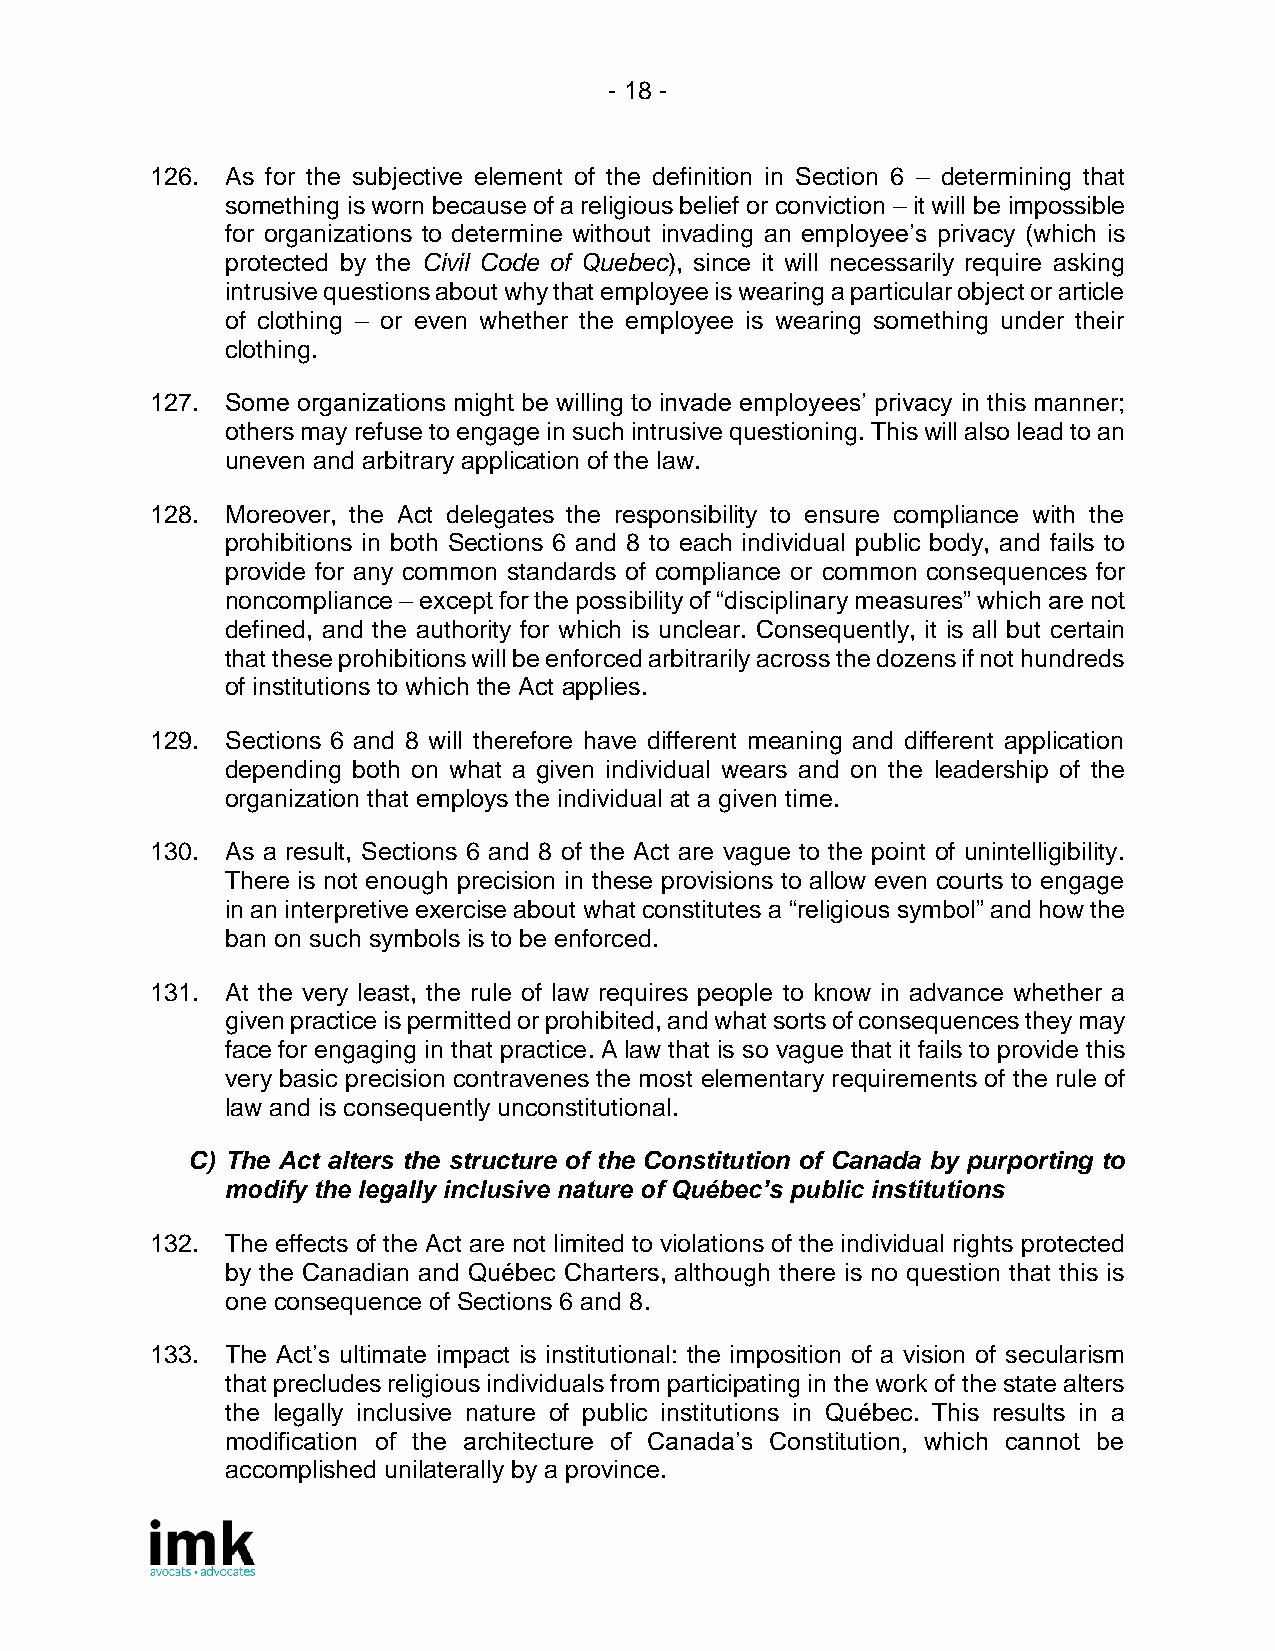
- 18 -
 126. As for the subjective element of the definition in Section 6 – determining that
 something is worn because of a religious belief or conviction – it will be impossible
 for organizations to determine without invading an employee’s privacy (which is
 protected by the Civil Code of Quebec), since it will necessarily require asking
 intrusive questions about why that employee is wearing a particular object or article
 of clothing – or even whether the employee is wearing something under their
 clothing.
 127. Some organizations might be willing to invade employees’ privacy in this manner;
 others may refuse to engage in such intrusive questioning. This will also lead to an
 uneven and arbitrary application of the law.
 128. Moreover, the Act delegates the responsibility to ensure compliance with the
 prohibitions in both Sections 6 and 8 to each individual public body, and fails to
 provide for any common standards of compliance or common consequences for
 noncompliance – except for the possibility of “disciplinary measures” which are not
 defined, and the authority for which is unclear. Consequently, it is all but certain
 that these prohibitions will be enforced arbitrarily across the dozens if not hundreds
 of institutions to which the Act applies.
 129. Sections 6 and 8 will therefore have different meaning and different application
 depending both on what a given individual wears and on the leadership of the
 organization that employs the individual at a given time.
 130. As a result, Sections 6 and 8 of the Act are vague to the point of unintelligibility.
 There is not enough precision in these provisions to allow even courts to engage
 in an interpretive exercise about what constitutes a “religious symbol” and how the
 ban on such symbols is to be enforced.
 131. At the very least, the rule of law requires people to know in advance whether a
 given practice is permitted or prohibited, and what sorts of consequences they may
 face for engaging in that practice. A law that is so vague that it fails to provide this
 very basic precision contravenes the most elementary requirements of the rule of
 law and is consequently unconstitutional.
 C) The Act alters the structure of the Constitution of Canada by purporting to
 modify the legally inclusive nature of Québec’s public institutions
 132. The effects of the Act are not limited to violations of the individual rights protected
 by the Canadian and Québec Charters, although there is no question that this is
 one consequence of Sections 6 and 8.
 133. The Act’s ultimate impact is institutional: the imposition of a vision of secularism
 that precludes religious individuals from participating in the work of the state alters
 the legally inclusive nature of public institutions in Québec. This results in a
 modification of the architecture of Canada’s Constitution, which cannot be
 accomplished unilaterally by a province.